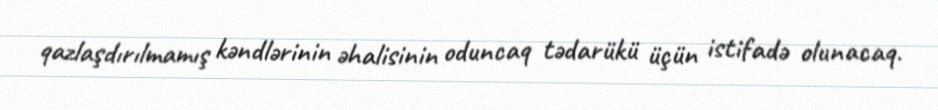
qazlaşdırılmamış kəndlərinin əhalisinin oduncaq tədarükü üçün istifadə olunacaq.